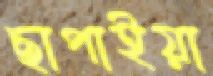
ছাপাইয়া